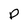
Character: Q